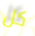
كل